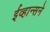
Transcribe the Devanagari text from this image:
ईव्हान्सने